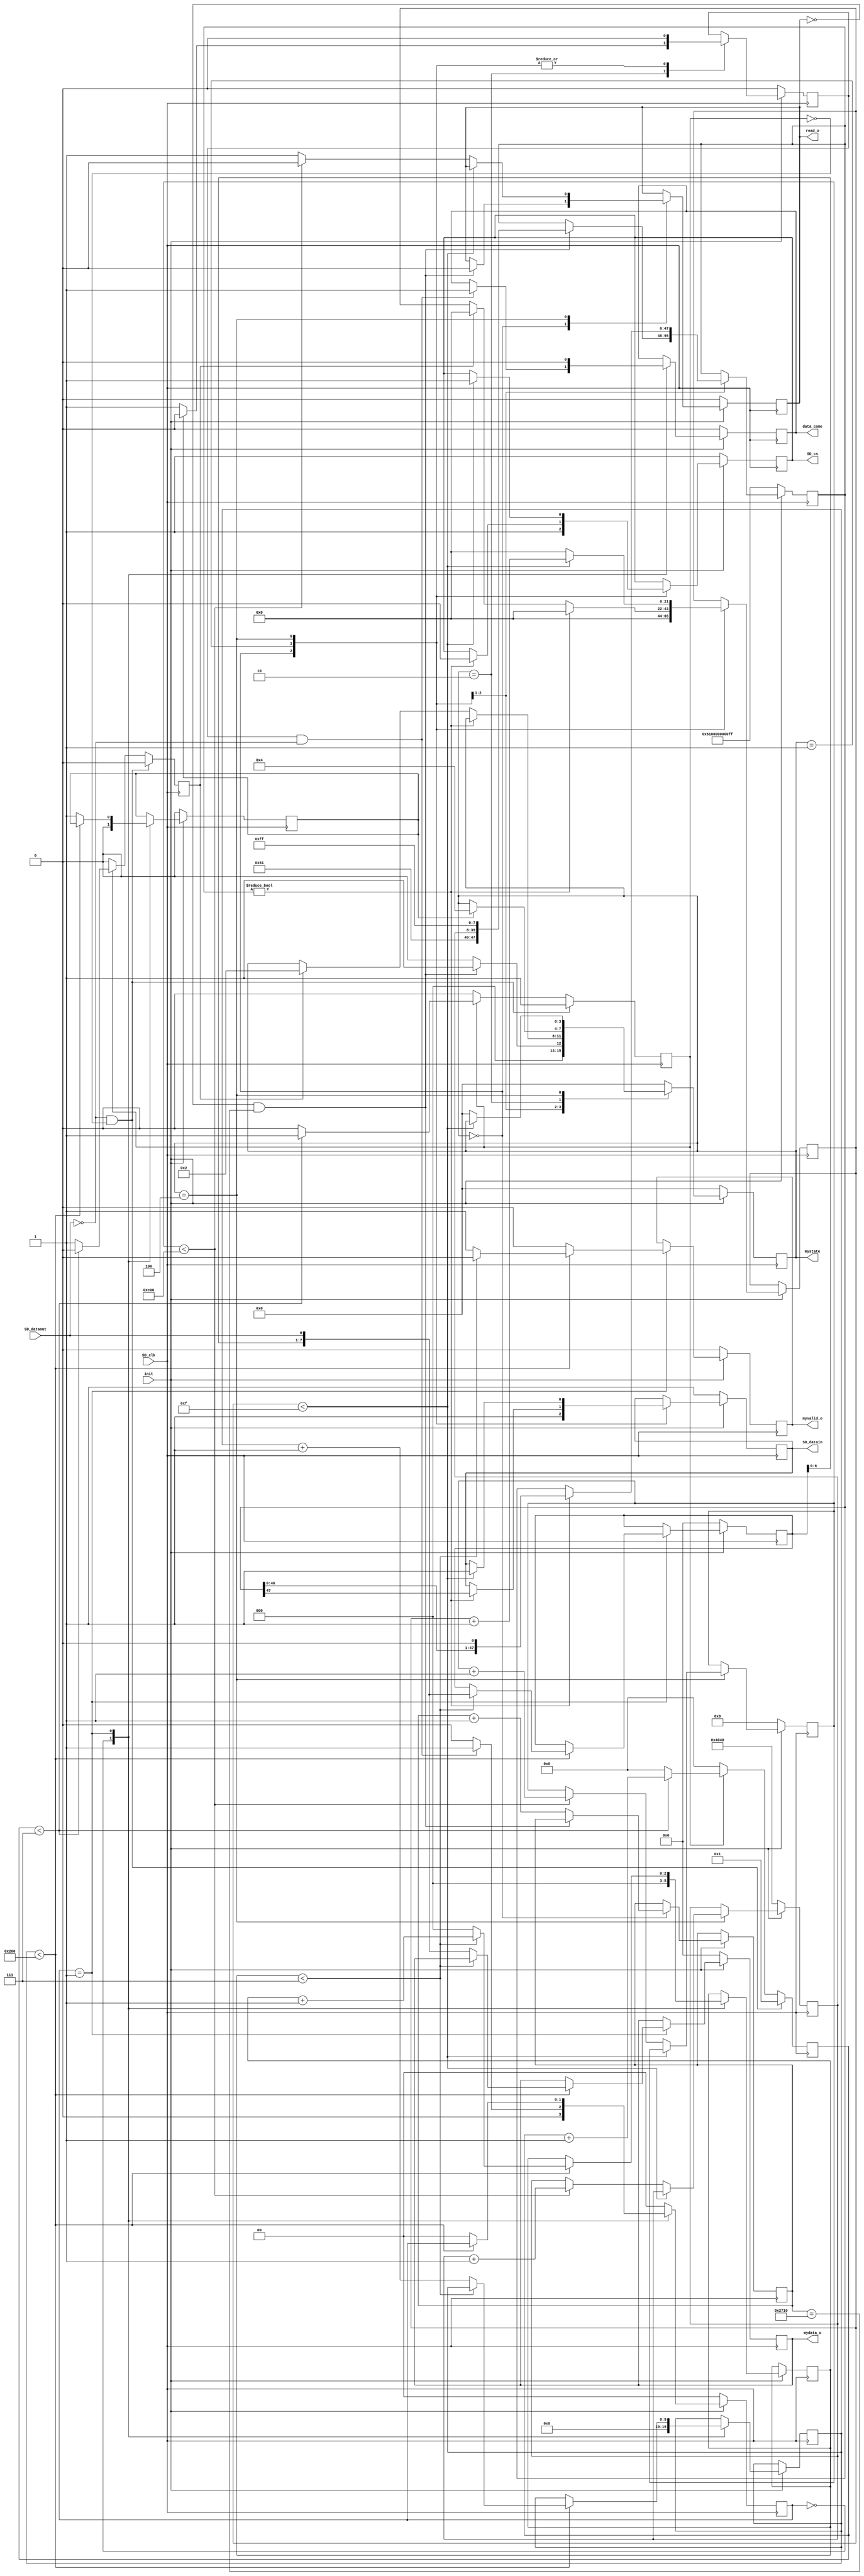
module sd_read(   input SD_clk,
						output reg SD_cs,
						output reg SD_datain,
						input  SD_dataout,
						
						output reg [7:0]mydata_o,
						output reg myvalid_o,
						output reg data_come,
						
						input init,
						
						output reg [3:0] mystate,
						output reg read_o
						
						
    );
	 

reg [7:0] rx;
reg en;
reg rx_valid;
reg [5:0] aa;	 
reg [21:0] cnt;

reg [31:0] sec;            //SDsecdiff1

reg myen;

reg read_finish;
reg read_start;

reg [7:0] mydata;

reg [1:0] read_step;
reg [9:0] read_cnt;

reg [15:0] delay_cnt;  //SDsecdiff1

reg [47:0] CMD17; //CMD17

reg [2:0] cnta,cntb;

reg [11:0] sec_size;  //SDsecdiff1

parameter idle=4'd0;
parameter read=4'd1;
parameter read_wait=4'd2;
parameter read_data=4'd3;
parameter read_done=4'd4;

//////////////////////////////   SDsecdiff1
parameter SEC_LEN=12'd3072;    //total sector size of one picture : 1024 * 768 * 2 /512

parameter SADDR=32'd16448;     //SDsector,16448,19520
///////////////////////////////

always @(posedge SD_clk)
begin
	rx[0]<=SD_dataout;
	rx[7:1]<=rx[6:0];
end

//block
always @(posedge SD_clk)
begin
	if(!SD_dataout&&!en)begin rx_valid<=1'b0; aa<=1;en<=1'b1;end      //SD_dataout,SD_dataout,
   else if(en)	begin 
		if(aa<7) begin
			aa<=aa+1'b1; 
			rx_valid<=1'b0;
		end
		else begin
			aa<=0;
			en<=1'b0;
			rx_valid<=1'b1;             //8bit,rx_valid
		end
	end
	else begin en<=1'b0;aa<=0;rx_valid<=1'b0;end
end

//block SD
always @(negedge SD_clk)
if(!init)
	begin
		mystate<=idle;
		CMD17<={8'h51,8'h00,8'h00,8'h00,8'h00,8'hff};
		read_start<=1'b0;
		read_o<=1'b0;
		sec<=SADDR;  //SDsecdiff1
		sec_size<=0;  //SDsecdiff1
		SD_cs<=1'b1;
		SD_datain<=1'b1;		
	end
else
	begin
	case(mystate)
		idle:	begin
				read_start<=1'b0;
				SD_cs<=1'b1;
				SD_datain<=1'b1;
				cnt<=22'd0;	
				if((read_o==1'b0) && (delay_cnt==10000))        //SDSDRAMdiff1
					begin
						mystate<=read;
						read_o<=1'b0;
						CMD17<={8'h51,sec[31:24],sec[23:16],sec[15:8],sec[7:0],8'hff};
					end
				else begin  //SDsecdiff1
				    mystate<=idle;
					delay_cnt<=delay_cnt+1'b1;	
	         end	
		end
		read: begin                    //CMD17 (single Block Read)	
			   read_start<=1'b0;
			   if(CMD17!=48'd0) begin
					SD_cs<=1'b0;
					SD_datain<=CMD17[47];
					CMD17<={CMD17[46:0],1'b0};     //
					myen<=1'b0;
					cnt<=22'd0;									
				end
				else begin 
				   if(rx_valid) begin         //			
						cnt<=0;
						mystate<=read_wait;
					end
				end
		end
		read_wait: begin             //,
		     if(read_finish)  begin
			     mystate<=read_done;
				  read_start<=1'b0;
			  end
			  else
			     read_start<=1'b1;				  
		end	
		read_done: begin               //512
			  read_start<=1'b0;
				if(cnt<22'd15) begin
					 SD_cs<=1'b1;
					 SD_datain<=1'b1;
					 cnt<=cnt+1'b1;
				 end
				 else begin  //SDsecdiff1
				    cnt<=0;
					 if (sec_size<SEC_LEN) begin            // 
 					     read_o<=1'b0;
                         sec <= sec + 1'b1;
						 sec_size <= sec_size +1'b1;
						 mystate<=idle;
					 end	 
					 else	begin	 
					     read_o<=1'b1;
						 mystate<=idle;
					 end	 

				end
		end
		default:mystate<=0;
		endcase		
	end

//SD	
always @(posedge SD_clk)
begin
	if(!init)begin
		myvalid_o<=1'b0;
		mydata_o<=0;
		mydata<=0;
		read_step<=2'b00;
		read_finish<=1'b0;
		data_come<=1'b0;
	end
	else begin
		case (read_step) 
		2'b00: begin
			cntb<=0;
			read_cnt<=0;
			read_finish<=1'b0;
		   if((read_start==1'b1)&(!SD_dataout)) begin     //
				  read_step<=2'b01;
				  data_come<=1'b1;
			end	  
			else 
				  read_step<=2'b00;
		end
		2'b01: begin             //512bytes
			if(read_cnt<512)	begin
			   if(cntb<7)	begin
				      myvalid_o<=1'b0;
					   mydata<={mydata[6:0],SD_dataout};
					   cntb<=cntb+1'b1;
						data_come<=1'b0;
				 end
				 else begin
						myvalid_o<=1'b1;            //byte
						mydata_o<={mydata[6:0],SD_dataout};
						cntb<=0;
						read_cnt<=read_cnt+1'b1;
						data_come<=1'b0;
				  end
			 end
			 else begin 
				   read_finish<=1'b1;
					read_step<=2'b00;
					myvalid_o<=1'b0;
					data_come<=1'b0;
			 end
		end
		default:read_step<=2'b00;
		endcase	
    end
end	 

endmodule